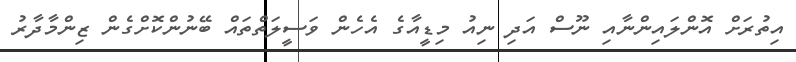
އިތުރަށް އޮންލައިންނާއި ނޫސް އަދި ނިއު މިޑީއާގެ އެހެން ވަސީލަތްތައް ބޭނުންކޮށްގެން ޒިންމާދާރު